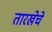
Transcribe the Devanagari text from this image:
तारखेचे